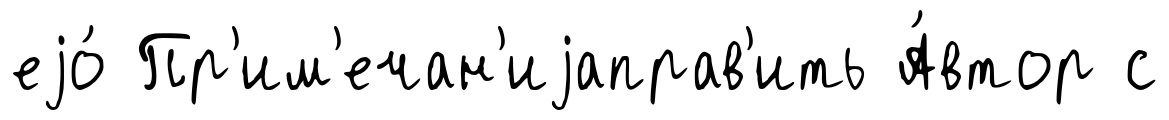
еjо́ Пр'им'ечан'иjаправ'ить А́втор с